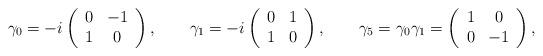
LaTeX: \begin{align*}\gamma _{0}=-i\left( \begin{array}{cc}0 & -1 \\ 1 & 0\end{array}\right) ,\qquad \gamma _{1}=-i\left( \begin{array}{cc}0 & 1 \\ 1 & 0\end{array}\right) , \qquad \gamma _{5}=\gamma _{0}\gamma _{1} =\left( \begin{array}{cc}1 & 0 \\ 0 & -1\end{array}\right),\end{align*}